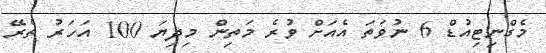
މެގްނިޓިއުޑް 6 ނުވަތަ އެއަށް ވުރެ މަތިން މިދިޔަ 100 އަހަރު ތެރޭ